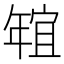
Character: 𱚑